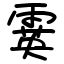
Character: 霙